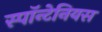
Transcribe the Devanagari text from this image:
स्पॉन्टेनियस